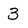
Character: 3